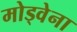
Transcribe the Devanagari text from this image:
मोड्वेना